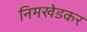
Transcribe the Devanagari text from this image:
निमखेडकर